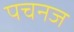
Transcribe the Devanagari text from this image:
पचनज